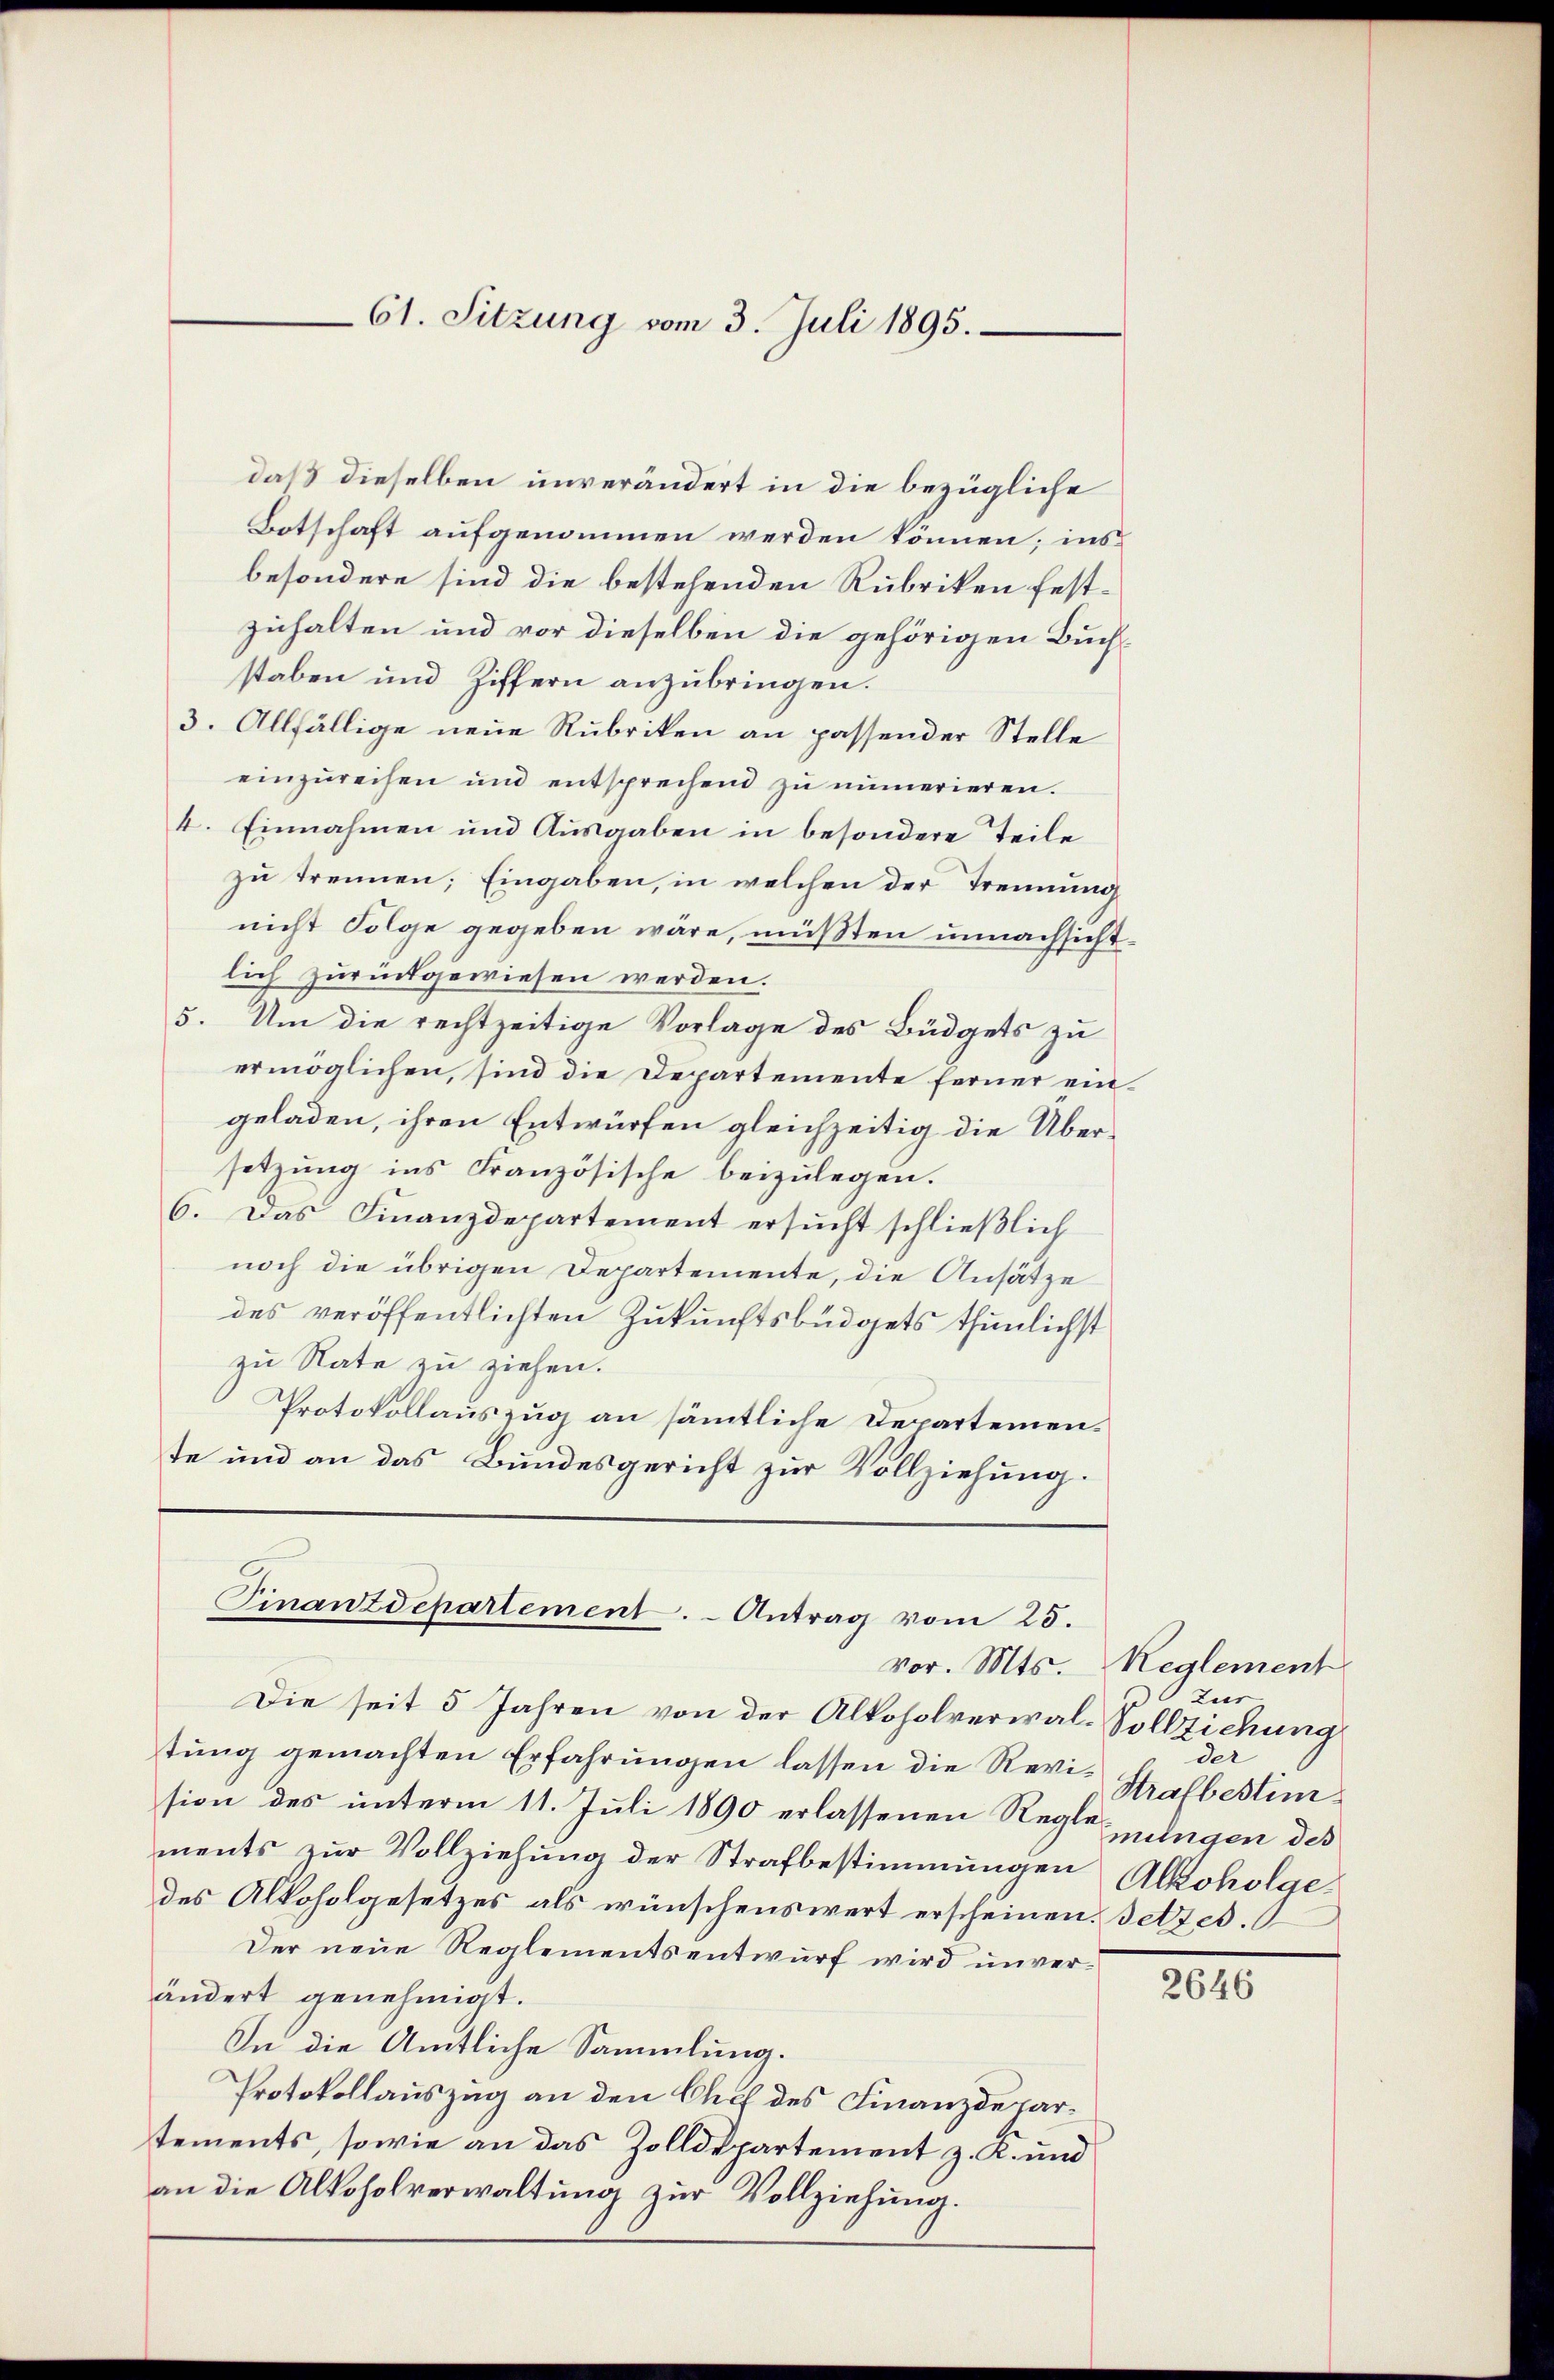
61. Sitzung vom 3. Juli 1895.

daß dieselben unverändert in die bezügliche
Botschaft aufgenommen werden können; ins
besondere sind die bestehenden Rubriken festzuhalten und vor dieselben die gehörigen Buchstaben und Ziffern anzubringen.
3. Allfällige neue Rubriken an passender Stelle
einzureihen und entsprechend zu numerieren.
4. Einnahmen und Ausgaben in besondere Teile
zu trennen; Eingaben, in welchen der Trennung
nicht Folge gegeben wäre, müßten unnachsichtlich zurückgewiesen werden.
5. Um die rechtzeitige Vorlage des Büdgets zu
ermöglichen, sind die Departemente ferner eingeladen, ihren Entwürfen gleichzeitig die Übersetzung ins Französische beizulegen.
6. Das Finanzdepartement ersŭcht schließlich
noch die übrigen Departemente, die Ansätze
des veröffentlichten Zukunftsbüdgets thunlichst
zu Rate zu ziehen.
Protokollauszug an sämmtliche Departemente und an das Bundesgericht zur Vollziehung.

Finanzdepartement. - Antrag vom 25.

Die seit 5 Jahren von der Alkoholverwal-Vollziehung
tung gemachten Erfahrungen lassen die Revision des unterm 11. Juli 1890 erlassenen Regierungen des
ments zŭr Vollziehŭng der Strafbestimmungen Alkoholge
des Alkoholgesetzes als wünschenswert erscheinen. Setzes.
Der neue Reglementsentwurf wird unverändert genehmigt.
In die Amtliche Sammlung.
Protokollauszug an den Chef des Finanzdepartements, sowie an das Zolldepartement z. K. und
an die Alkoholverwaltung zur Vollziehung.

vor. Mts. Reglement
z zur
der
Strafbestim

2646